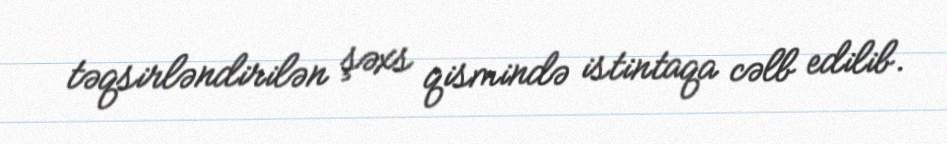
təqsirləndirilən şəxs qismində istintaqa cəlb edilib.